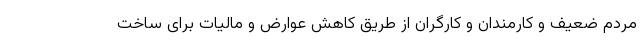
مردم ضعیف و کارمندان و کارگران از طریق کاهش عوارض و مالیات برای ساخت